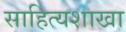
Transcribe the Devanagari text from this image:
साहित्यशाखा